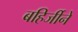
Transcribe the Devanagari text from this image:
बहिर्जीने